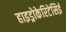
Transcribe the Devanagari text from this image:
हाइड्रोकेरिटेसिई